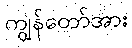
ကျွန်တော်အား